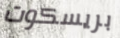
بريسكوت